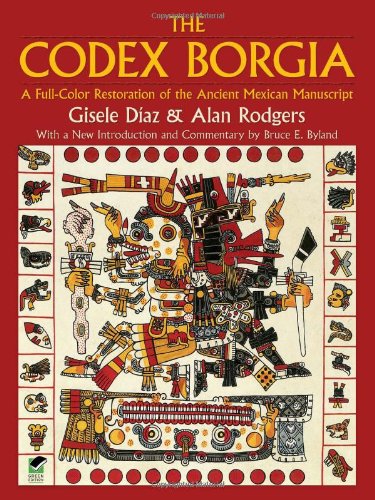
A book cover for The Codex Borgia: A Full-Color Restoration of the Ancient Mexican Manuscript (Dover Fine Art, History of Art); Gisele DÃ­az; Literature & Fiction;